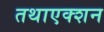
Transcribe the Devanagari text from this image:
तथाएक्शन